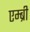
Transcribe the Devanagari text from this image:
एम्ब्री